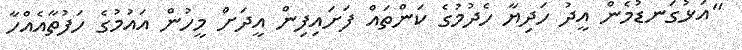
"އަޅުގަނޑުމެން އީދު ހަދިޔާ ހެދުމުގެ ކަންތައް ފަށައިފިން އީދަށް މީހުން އައުމުގެ ހަފުތާއެއްހާ